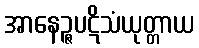
အာနေဉ္ဇပဋိသံယုတ္တာယ